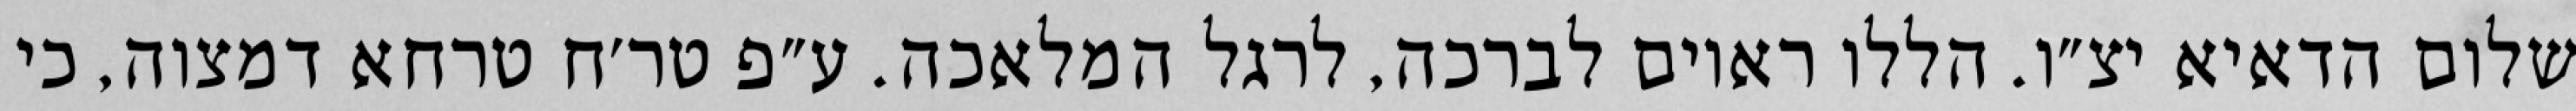
שלום הדאיא יצ״ו. הללו ראוים לברכה, לרגל המלאכה. ע״פ טר׳ח טרחא דמצוה, כי